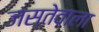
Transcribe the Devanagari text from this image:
जस्तेवाला